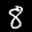
Label: 8